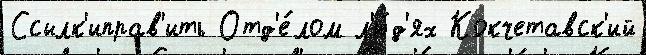
Ссылк'иправ'ить Отд'е́лом л'ю́д'ях Кокчетавск'ий